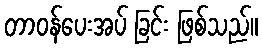
တာဝန်ပေးအပ် ခြင်း ဖြစ်သည်။